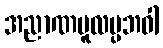
အညာဏမူလပ္ပဘဝါ